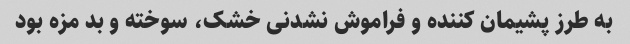
به طرز پشیمان کننده و فراموش نشدنی خشک، سوخته و بد مزه بود